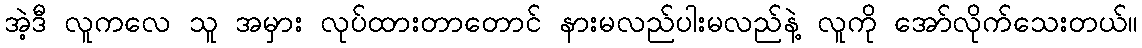
အဲ့ဒီ လူကလေ သူ အမှား လုပ်ထားတာတောင် နားမလည်ပါးမလည်နဲ့ လူကို အော်လိုက်သေးတယ်။